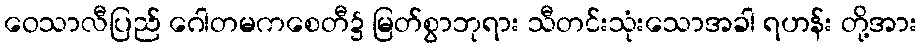
ဝေသာလီပြည် ဂေါတမကစေတီ၌ မြတ်စွာဘုရား သီတင်းသုံးသောအခါ ရဟန်း တို့အား